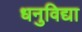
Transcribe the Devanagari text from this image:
धनुविद्या